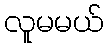
လူမမယ်